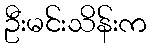
ဦးမင်းသိန်းက